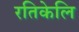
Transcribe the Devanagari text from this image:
रतिकेलि